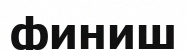
финиш